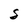
Character: S